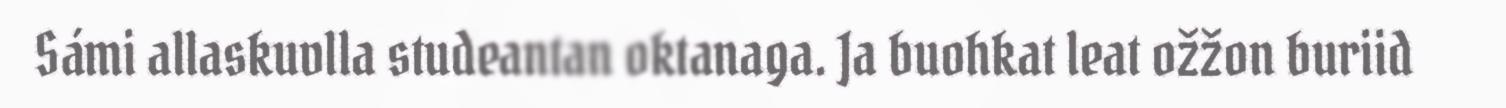
Sámi allaskuvlla studeantan oktanaga. Ja buohkat leat ožžon buriid